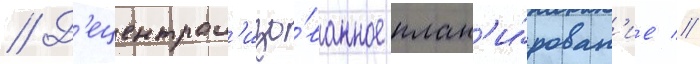
// Д'ецентрал'изо́ванное план'и́рован'ие //